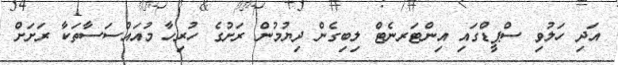
އަދި ހަލުވި ސްޕީޑްގައި އިންޓަރނެޓް ލިބިގެން ދިޔުމުން ރަށުގެ ހުރިހާ މުއައްސަސާތަކާ ރަށަށް